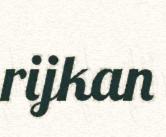
rijkan